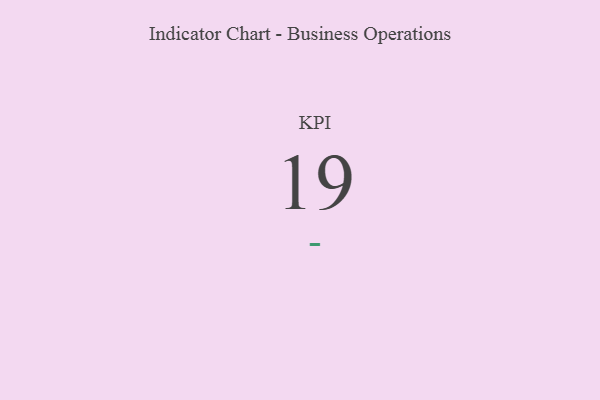
{"axis": {"x": "KPI", "y": "Value"}, "legend": [""], "data": [{"x": "KPI", "y": 19, "type": ""}]}